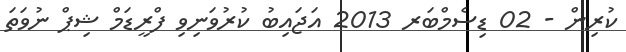
ކުރިން - 02 ޑިސެމްބަރ 2013 އަޖައިބު ކުރުވަނިވި ފްރީޑަމް ޝިޕް ނުވަތަ